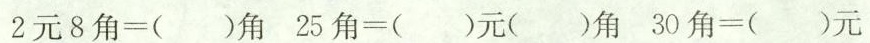
$$2 元 8 角 = （ ） 角$$ $$2 5 角 = （ ） 元 （ ） 角$$ $$3 0 角 = （ ） 元$$